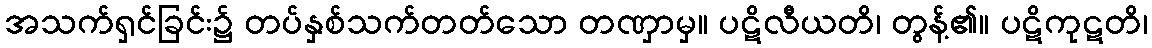
အသက်ရှင်ခြင်း၌ တပ်နှစ်သက်တတ်သော တဏှာမှ။ ပဋိလီယတိ၊ တွန့်၏။ ပဋိကုဋတိ၊